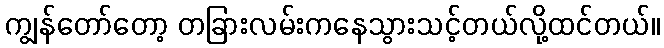
ကျွန်တော်တော့ တခြားလမ်းကနေသွားသင့်တယ်လို့ထင်တယ်။